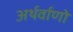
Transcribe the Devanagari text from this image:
अर्थर्वाणो